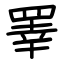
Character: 睪